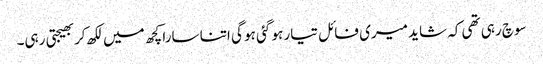
سوچ رہی تھی کہ شاید میری فائل تیار ہو گئی ہو گی اتنا سارا کچھ میں لکھ کربھیجتی رہی۔